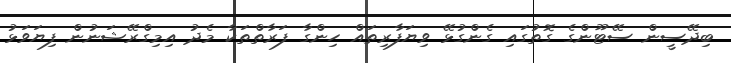
ބިދޭސީން ސޭޓޫންގެ ގޮތުގައި ގެންގުޅޭ ވިޔަފާރިތައް ހިންގާ ފަރާތްތަކާ މެދު އިމިގްރޭޝަނުން ފިޔަވަޅު